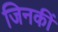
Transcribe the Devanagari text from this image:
जिनकीं